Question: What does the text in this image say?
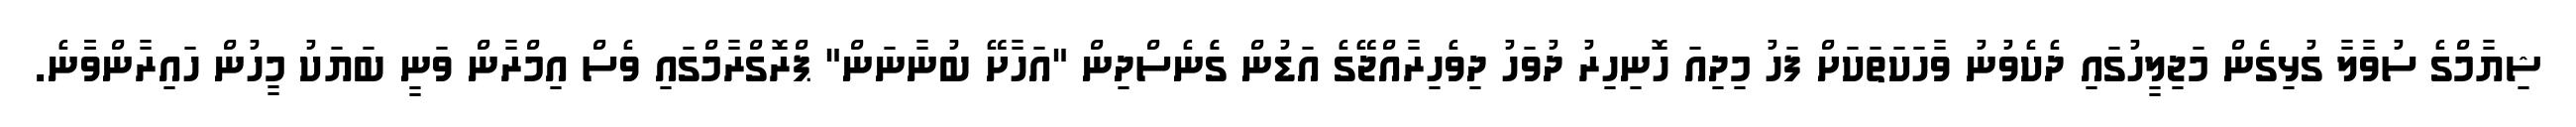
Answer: ޝިޔާމްގެ ސުވާލާ ގުޅިގެން މަޖިލީހުގައި ދެކެވުނު ވާހަކަތަކަށް ފަހު މިދިއަ ހޮނިހިރު ދުވަހު ދިވެހިރާއްޖޭގެ އަޑުން ގެެނެސްދިން "އަހާށޭ ބުނާނަން" ޕްރޮގްރާމްގައި ވެސް އިމްރާން ވަނީ ބަޔަކު މީހުން ހައިރާންވާާނެ.